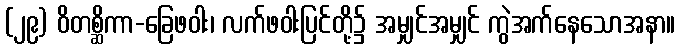
(၂၉) ဝိတစ္ဆိကာ-ခြေဖဝါး၊ လက်ဖဝါးပြင်တို့၌ အမျှင်အမျှင် ကွဲအက်နေသောအနာ။